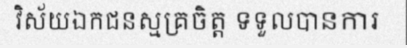
វិស័យឯកជនស្មគ្រចិត្ត ទទួលបានការ